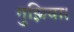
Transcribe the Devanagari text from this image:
गुझिया।